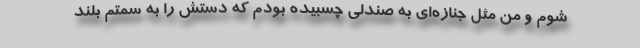
شوم و من مثل جنازه‌ای به صندلی چسبیده بودم که دستش را به سمتم بلند